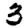
Digit: 3